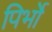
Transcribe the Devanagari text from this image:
पिर्भो